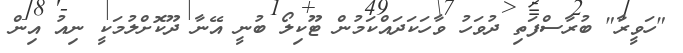
"ހަވީރާ" ބުރާސްފަތި ދުވަހު ވާހަކަދައްކަމުން ޓޫކިލޯ ބުނީ އޭނާ ދޫކޮށްލުމަކީ ނިއު އިން